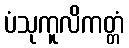
ပံသုကူလိကတ္တံ